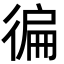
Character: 徧